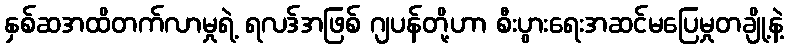
နှစ်ဆအထိတက်လာမှုရဲ့ ရလဒ်အဖြစ် ဂျပန်တို့ဟာ စီးပွားရေးအဆင်မပြေမှုတချို့နဲ့